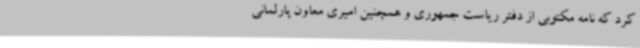
کرد که نامه مکتوبی از دفتر ریاست جمهوری و همچنین امیری معاون پارلمانی